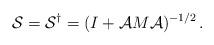
\begin{align*}{\cal S} = {\cal S}^\dagger = (I + {\cal A}M {\cal A} )^{-1/2} \, .\end{align*}